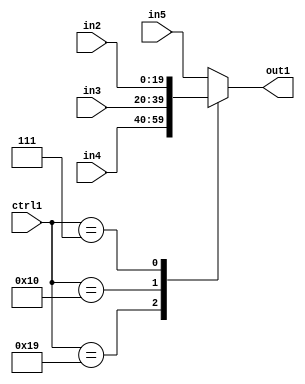
`timescale 1ps / 1ps
/*****************************************************************************
    Verilog RTL Description
    
    
    Created by: Stratus DpOpt 21.05.01 
*******************************************************************************/

module SobelFilter_N_Mux_20_4_2_4 (
	in5,
	in4,
	in3,
	in2,
	ctrl1,
	out1
	); /* architecture "behavioural" */ 
input [19:0] in5,
	in4,
	in3,
	in2;
input [4:0] ctrl1;
output [19:0] out1;
wire [19:0] asc001;

reg [19:0] asc001_tmp_0;
assign asc001 = asc001_tmp_0;
always @ (ctrl1 or in4 or in3 or in2 or in5) begin
	case (ctrl1)
		5'B11001 : asc001_tmp_0 = in4 ;
		5'B10000 : asc001_tmp_0 = in3 ;
		5'B00111 : asc001_tmp_0 = in2 ;
		default : asc001_tmp_0 = in5 ;
	endcase
end

assign out1 = asc001;
endmodule

/* CADENCE  v7fwQgs= : u9/ySxbfrwZIxEzHVQQV8Q== ** DO NOT EDIT THIS LINE ******/